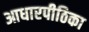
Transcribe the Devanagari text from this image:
आधारपीठिका